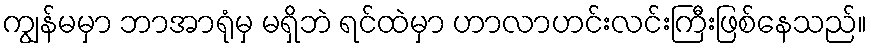
ကျွန်မမှာ ဘာအာရုံမှ မရှိဘဲ ရင်ထဲမှာ ဟာလာဟင်းလင်းကြီးဖြစ်နေသည်။